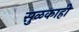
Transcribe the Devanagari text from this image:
सुळकाही